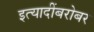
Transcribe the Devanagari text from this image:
इत्यादींबरोबर